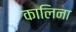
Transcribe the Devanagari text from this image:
कालिना